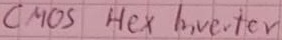
Text: CMOS Hex